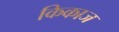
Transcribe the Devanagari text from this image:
किकाज